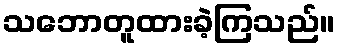
သဘောတူထားခဲ့ကြသည်။